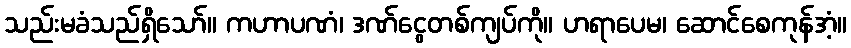
သည်းမခံသည်ရှိသော်။ ကဟာပဏံ၊ ဒဏ်ငွေတစ်ကျပ်ကို။ ဟရာပေမ၊ ဆောင်စေကုန်အံ့။